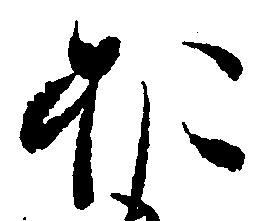
お